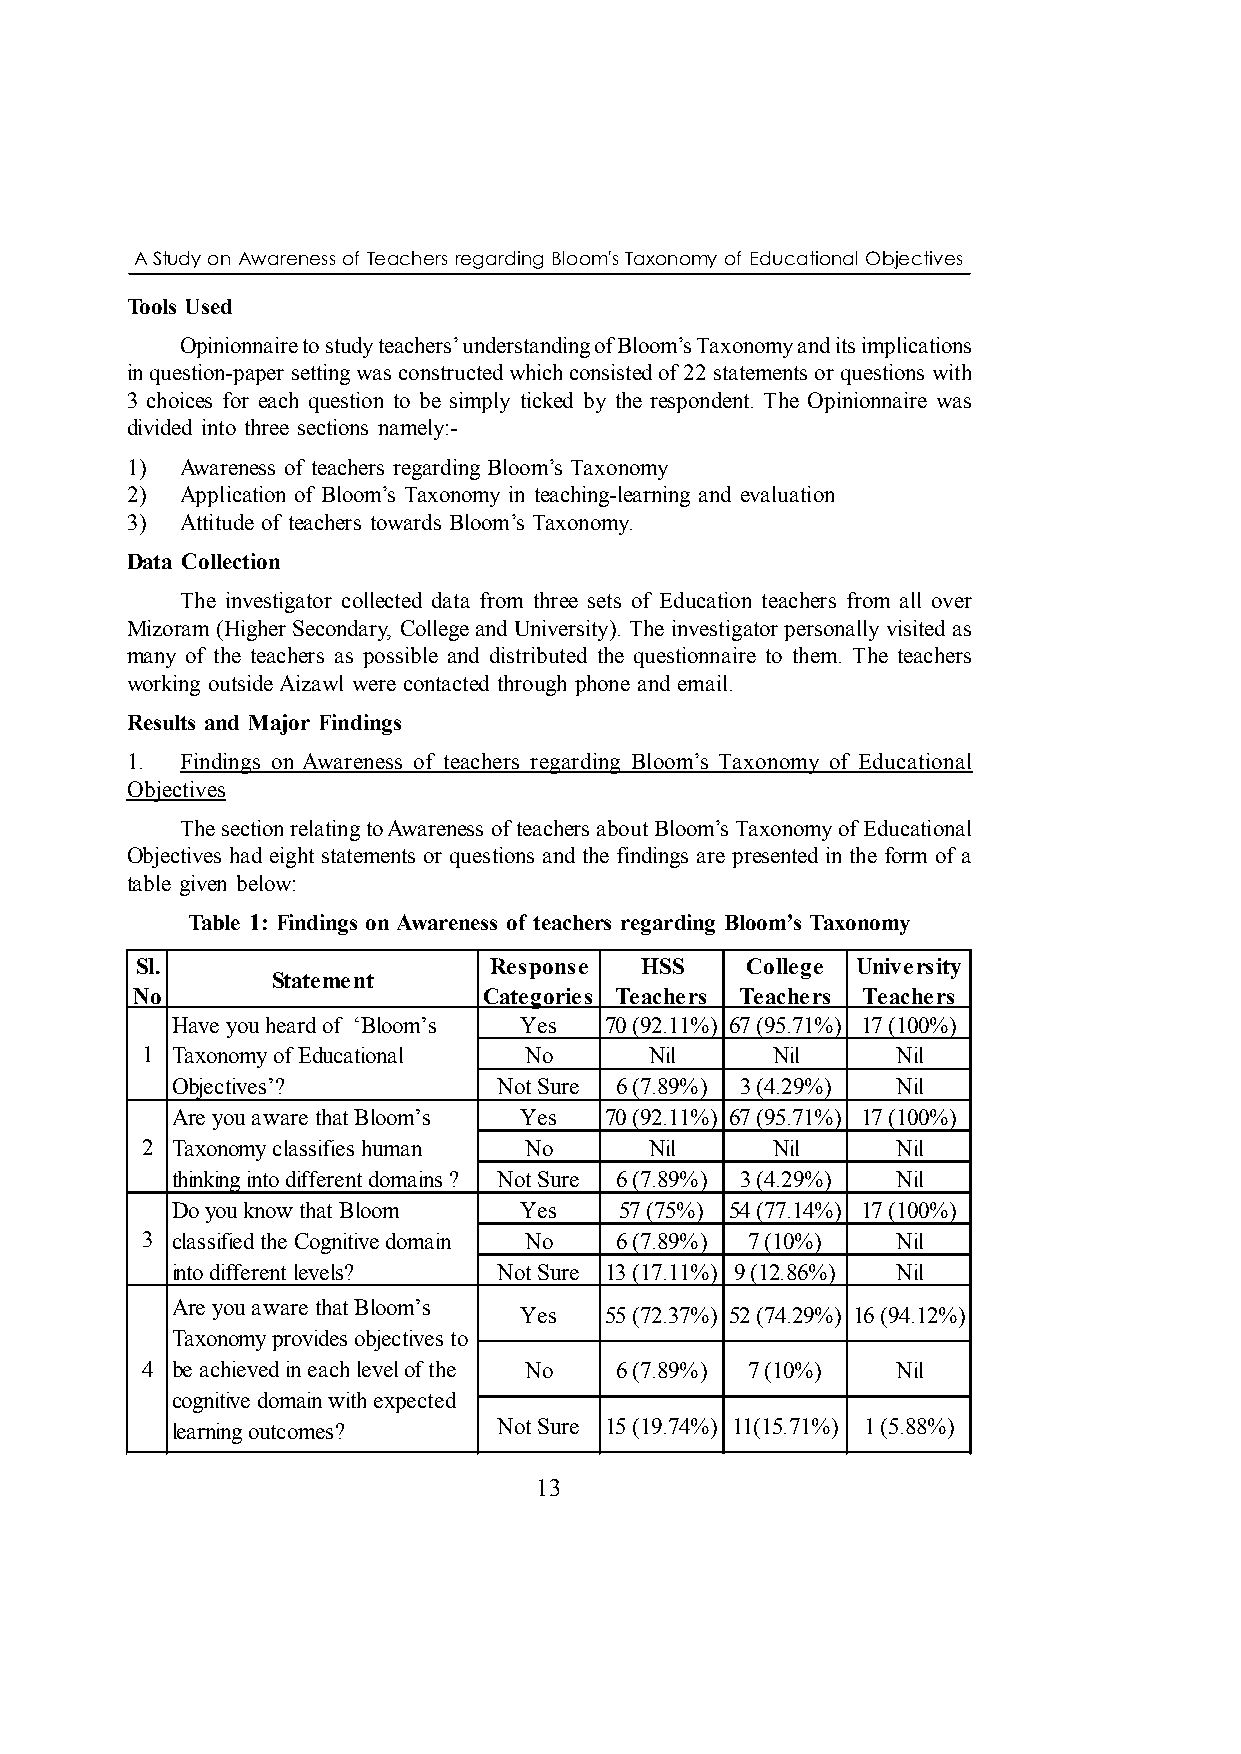
A Study on Awareness of Teachers regarding Bloom's Taxonomy of Educational Objectives
 Tools Used
 Opinionnaire to study teachers’ understanding of Bloom’s Taxonomy and its implications
 in question-paper setting was constructed which consisted of 22 statements or questions with
 3 choices for each question to be simply ticked by the respondent. The Opinionnaire was
 divided into three sections namely:-
 1)  Awareness of teachers regarding Bloom’s Taxonomy
 2)  Application of Bloom’s Taxonomy in teaching-learning and evaluation
 3)  Attitude of teachers towards Bloom’s Taxonomy.
 Data Collection
 The investigator collected data from three sets of Education teachers from all over
 Mizoram (Higher Secondary, College and University). The investigator personally visited as
 many of the teachers as possible and distributed the questionnaire to them. The teachers
 working outside Aizawl were contacted through phone and email.
 Results and Major Findings
 1.  Findings on Awareness of teachers regarding Bloom’s Taxonomy of Educational
 Objectives
 The section relating to Awareness of teachers about Bloom’s Taxonomy of Educational
 Objectives had eight statements or questions and the findings are presented in the form of a
 table given below:
 Table 1: Findings on Awareness of teachers regarding Bloom’s Taxonomy
 Sl.                    Response  HSS    College University
 Statement
 No                     Categories Teachers Teachers Teachers
 Have you heard of ‘Bloom’s Yes 70 (92.11%) 67 (95.71%) 17 (100%)
 1 Taxonomy of Educational No      Nil     Nil     Nil
 Objectives’?          Not Sure 6 (7.89%) 3 (4.29%) Nil
 Are you aware that Bloom’s Yes 70 (92.11%) 67 (95.71%) 17 (100%)
 2 Taxonomy classifies human No    Nil     Nil     Nil
 thinking into different domains ? Not Sure 6 (7.89%) 3 (4.29%) Nil
 Do you know that Bloom Yes    57 (75%) 54 (77.14%) 17 (100%)
 3 classified the Cognitive domain No 6 (7.89%) 7 (10%) Nil
 into different levels? Not Sure 13 (17.11%) 9 (12.86%) Nil
 Are you aware that Bloom’s
 Yes   55 (72.37%) 52 (74.29%) 16 (94.12%)
 Taxonomy provides objectives to
 4 be achieved in each level of the No 6 (7.89%) 7 (10%) Nil
 cognitive domain with expected
 learning outcomes?    Not Sure 15 (19.74%) 11(15.71%) 1 (5.88%)
 13